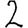
Digit: 2